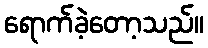
ရောက်ခဲ့တော့သည်။